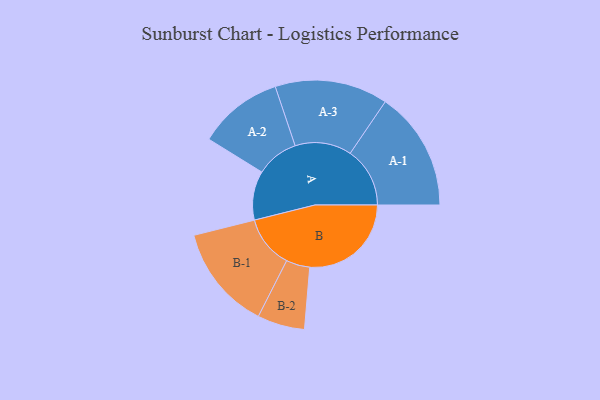
{"axis": {"x": "Segment", "y": "Value"}, "legend": ["", "A", "B"], "data": [{"x": "A", "y": 230, "type": ""}, {"x": "B", "y": 476, "type": ""}, {"x": "A-1", "y": 280, "type": "A"}, {"x": "A-2", "y": 199, "type": "A"}, {"x": "A-3", "y": 265, "type": "A"}, {"x": "B-1", "y": 246, "type": "B"}, {"x": "B-2", "y": 111, "type": "B"}]}